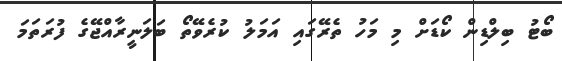
ބޯޓު ބިލްޑިން ކޯޑަށް މި މަހު ތެރޭގައި އަމަލު ކުރެވޭތޯ ބަލަނީރާއްޖޭގެ ފުރަތަމަ